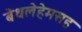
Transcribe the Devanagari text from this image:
बेथलेहेमसह